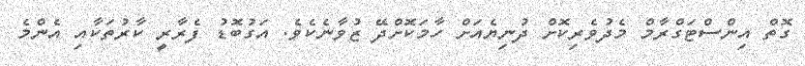
ގޮތް އިންސްޓަގްރާމް މެދުވެރިކޮށް ދުނިޔެއަށް ހާމަކޮށްދޭ ޒުވާނެކެވެ. އަގުބޮޑު ފެރާރީ ކާރުތަކާއި އެންމެ